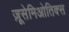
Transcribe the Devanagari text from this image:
ज़ूसेमिओतिक्स